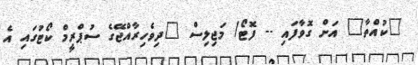
"ކުއްތާ" އަށް ގޮވާފައި -- ފޮޓޯ/ މަޖިލިސް "ދިވެހިރާއްޖޭގެ ސުޕްރީމް ކޯޓުގައި އެ